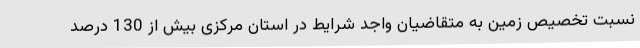
نسبت تخصیص زمین به متقاضیان واجد شرایط در استان مرکزی بیش از 130 درصد